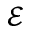
\mathcal { E }